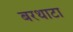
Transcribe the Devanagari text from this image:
बरथाटा